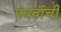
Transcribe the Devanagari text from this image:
गंधर्वाची